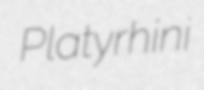
Platyrhini